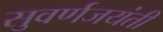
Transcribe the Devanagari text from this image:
सुवर्णजयंती